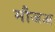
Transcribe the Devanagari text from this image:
मौजअ